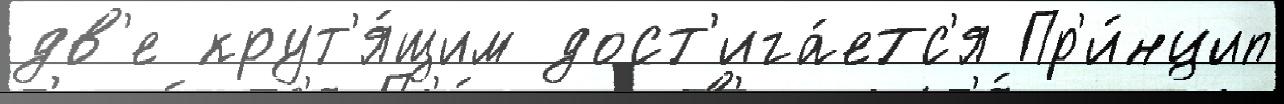
дв'е крут'я́щим дост'ига́етс'я Пр'и́нцип